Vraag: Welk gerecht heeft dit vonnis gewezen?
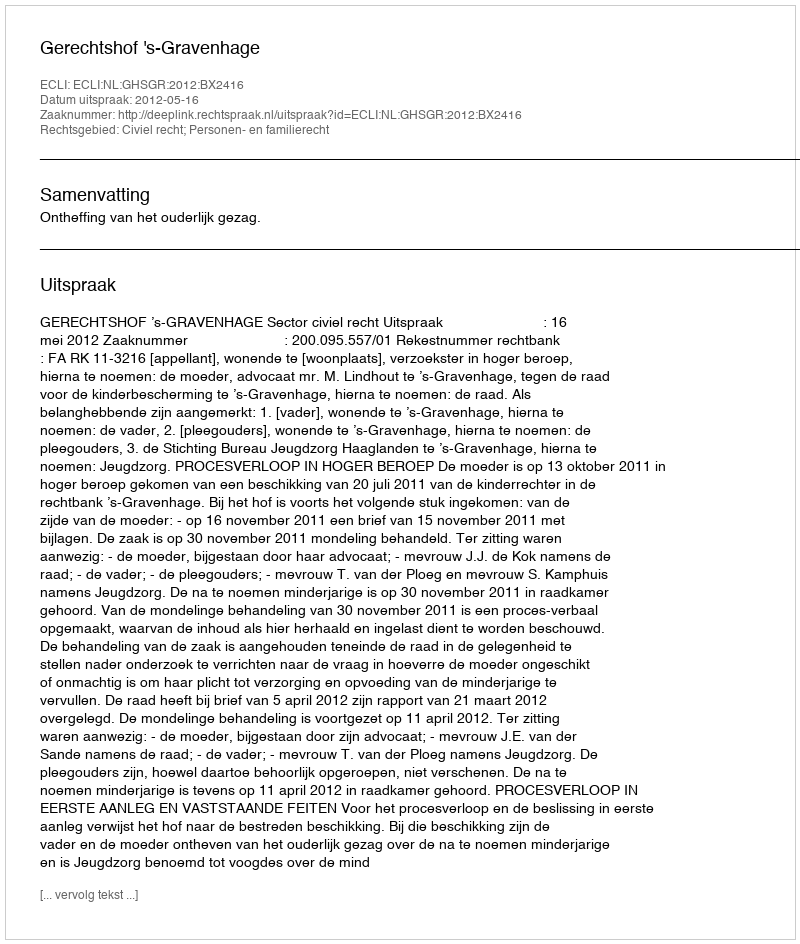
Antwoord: Gerechtshof 's-Gravenhage